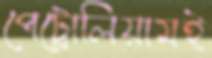
পেট্রোলিয়ামই